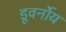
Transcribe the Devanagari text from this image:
डूवर्नोय